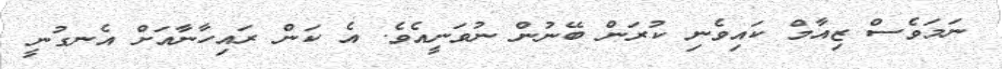
ނަމަވެސް ޒިއާމް ކައިވެނި ކުރަން ބޭނުން ނުވަނީއެވެ. އެ ކަން ރައިހާނާއަށް އެނގުނީ